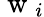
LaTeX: \mathrm{~w~}_{i}